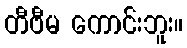
တီဗီမ ကောင်းဘူး။